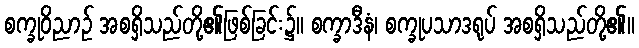
စက္ခုဝိညာဉ် အစရှိသည်တို့၏ဖြစ်ခြင်း၌။ စက္ခာဒီနံ၊ စက္ခုပသာဒရုပ် အစရှိသည်တို့၏။